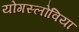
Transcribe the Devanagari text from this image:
योगस्लोविया